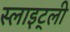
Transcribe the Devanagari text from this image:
स्लाइट्ली